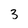
Character: 3